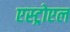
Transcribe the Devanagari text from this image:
एस्ट्रोएल